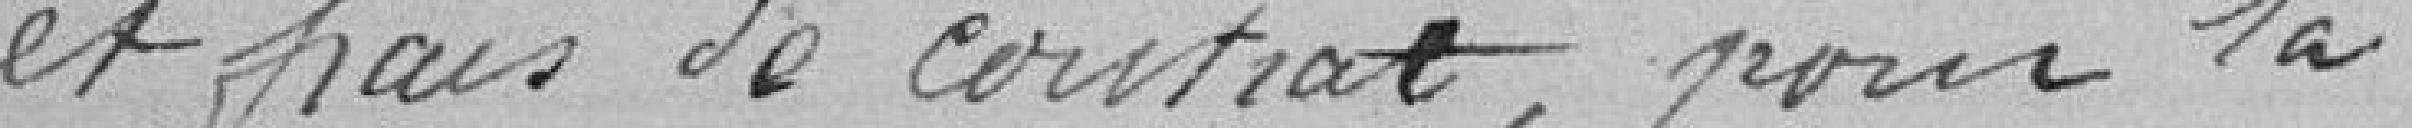
et frais de contrat, pour la